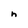
Character: h